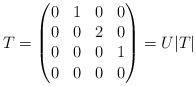
LaTeX: \begin{align*}T= \begin{pmatrix}0 & 1 & 0 & 0 \\0 & 0 & 2 & 0 \\0 & 0 & 0 & 1 \\0 & 0& 0 & 0 \end{pmatrix}=U|T|\end{align*}